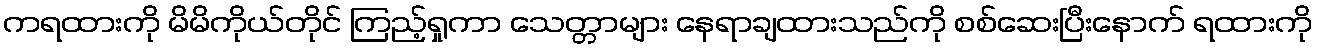
ကရထားကို မိမိကိုယ်တိုင် ကြည့်ရှုကာ သေတ္တာများ နေရာချထားသည်ကို စစ်ဆေးပြီးနောက် ရထားကို